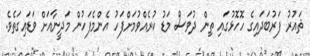
ޘައުރު ފަރުބަދައިގެ ހޮހޮޅުގައި ތިން ދުވަސް މަޑު ކުރެއްވުމަށްފަހު އެންމެފަހުން މަދީނާއަށް ވަޑައިގަތެވެ.